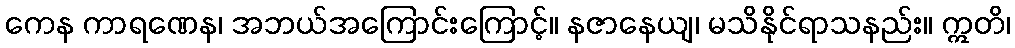
ကေန ကာရဏေန၊ အဘယ်အကြောင်းကြောင့်။ နဇာနေယျ၊ မသိနိုင်ရာသနည်း။ ဣတိ၊